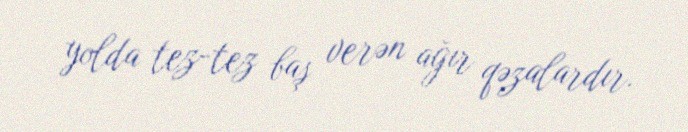
yolda tez-tez baş verən ağır qəzalardır.